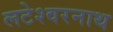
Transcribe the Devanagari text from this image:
लटेश्वरनाथ